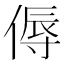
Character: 傉